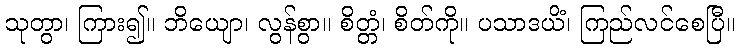
သုတွာ၊ ကြား၍။ ဘိယျော၊ လွန်စွာ။ စိတ္တံ၊ စိတ်ကို။ ပသာဒယိံ၊ ကြည်လင်စေပြီ။